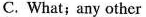
C. What;any other